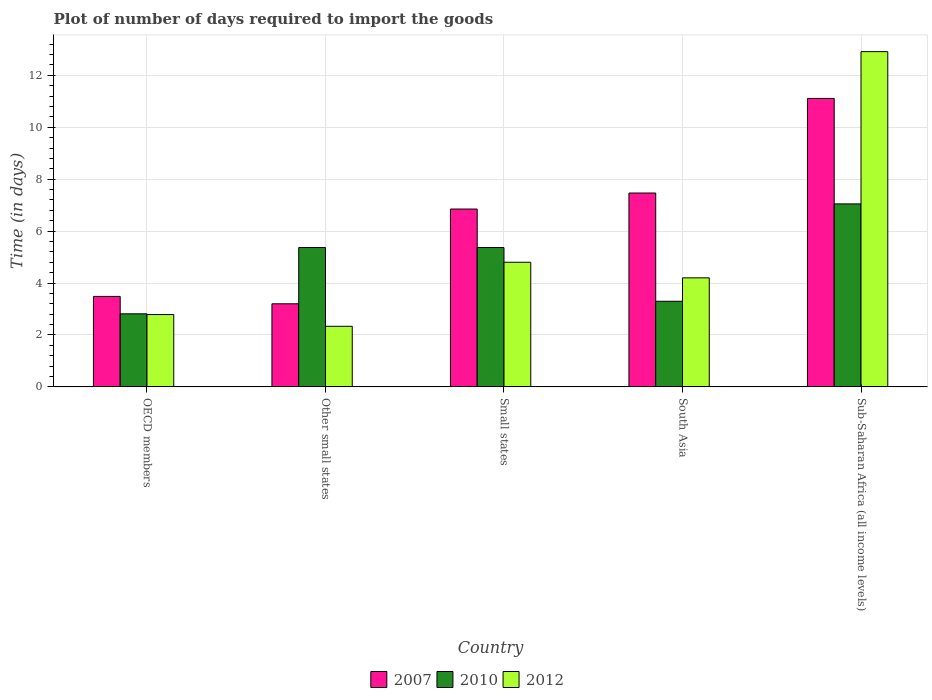
| Country | 2007 | 2010 | 2012 |
 | --- | --- | --- | --- |
 | OECD members | 3.48 | 2.81 | 2.79 |
 | Other small states | 3.2 | 5.37 | 2.33 |
 | Small states | 6.85 | 5.37 | 4.8 |
 | South Asia | 7.47 | 3.3 | 4.2 |
 | Sub-Saharan Africa (all income levels) | 11.1 | 7.05 | 12.9 |